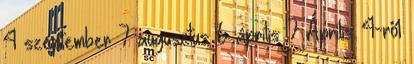
4 szeptember 7 augusztus 6 április 7 Április 4-ről